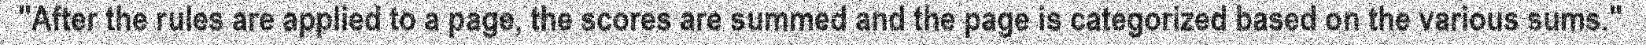
"After the rules are applied to a page, the scores are summed and the page is categorized based on the various sums."